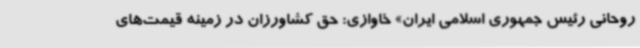
روحانی رئیس جمهوری اسلامی ایران» خاوازی: حق کشاورزان در زمینه قیمت‌های